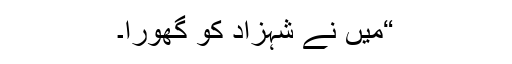
“میں نے شہزاد کو گھورا۔